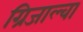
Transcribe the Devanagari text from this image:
ग्रिजाल्वा